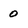
Character: 0